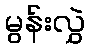
မွန်းလွှဲ